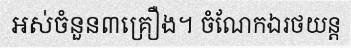
អស់ចំនួន៣គ្រឿង។ ចំណែកឯរថយន្ត